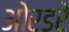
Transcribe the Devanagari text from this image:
ओरडरे